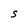
Character: S